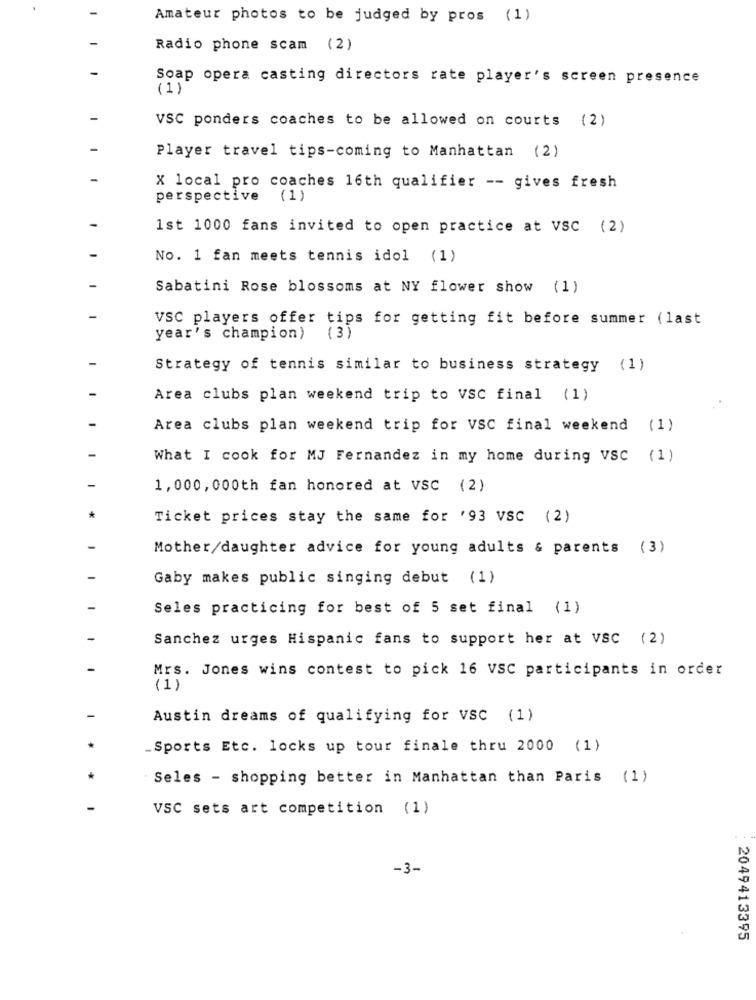
Amateur photos to be judged by pros (1)
Radio phone scam (2)
Soap opera casting directors rate player's screen presence
(1)
VSC ponders coaches to be allowed on courts (2)
Player travel tips-coming to Manhattan (2)
X local pro coaches 16th qualifier -- gives fresh
perspective (1)
1st 1000 fans invited to open practice at VSC (2)
No. 1 fan meets tennis idol (1)
Sabatini Rose blossoms at NY flower show (1)
VSC players offer tips for getting fit before summer (last
year's champion) (3)
Strategy of tennis similar to business strategy (1)
Area clubs plan weekend trip to VSC final (1)
Area clubs plan weekend trip for VSC final weekend (1)
What I cook for MJ Fernandez in my home during VSC (1)
1,000,000th fan honored at VSC (2)
Ticket prices stay the same for '93 VSC (2)
Mother/daughter advice for young adults & parents (3)
Gaby makes public singing debut (1)
Seles practicing for best of 5 set final (1)
Sanchez urges Hispanic fans to support her at VSC (2)
Mrs. Jones wins contest to pick 16 VSC participants in order
(1)
Austin dreams of qualifying for VSC (1)
Sports Etc. locks up tour finale thru 2000 (1)
Seles - shopping better in Manhattan than Paris (1)
VSC sets art competition (1)
-3-
2049413395